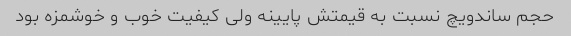
حجم ساندویچ نسبت به قیمتش پایینه ولی کیفیت خوب و خوشمزه بود